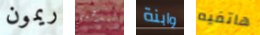
ريمون لتذهبي وابنة هاتفيه